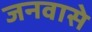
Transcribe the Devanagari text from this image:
जनवासे